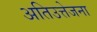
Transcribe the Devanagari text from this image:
अतिउत्तेजना